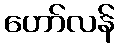
ဟော်လန်